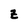
Character: Z